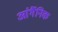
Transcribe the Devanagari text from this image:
आंर्गैनिक